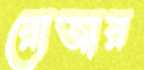
রোজার